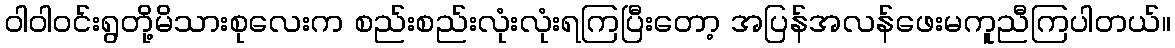
ဝါဝါဝင်းရွတို့မိသားစုလေးက စည်းစည်းလုံးလုံးရကြပြီးတော့ အပြန်အလန်ဖေးမကူညီကြပါတယ်။